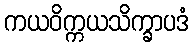
ကယဝိက္ကယသိက္ခာပဒံ